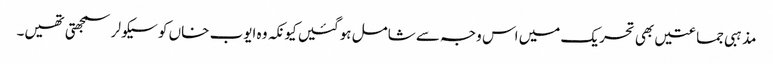
مذہبی جماعتیں بھی تحریک میں اس وجہ سے شامل ہوگئیں کیونکہ وہ ایوب خاں کو سیکولر سمجھتی تھیں۔